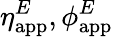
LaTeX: \eta_{\mathrm{app}}^{E},\phi_{\mathrm{app}}^{E}